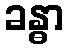
ခန္ဓာ